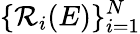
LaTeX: \{ \mathcal{R}_{i}(E)\} _{i=1}^{N}